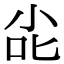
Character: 㕾